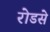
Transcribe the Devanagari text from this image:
रोडसे